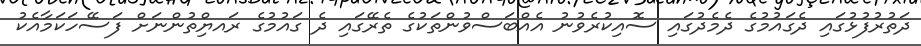
ދަތުރުފުޅުގައި ދެގައުމުގެ ދެމެދުގައި ސޮއިކުރެވުނު އެއްބަސްވުންތަކުގެ ތެރޭގައި ދެ ގައުމުގެ ރައޔްިތުންނަށް ފަސޭހަކަމާއެކު